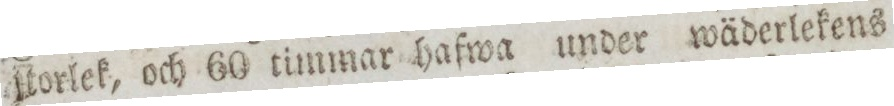
ſtorlek, och 60 timmar hafwa under wäderlekens